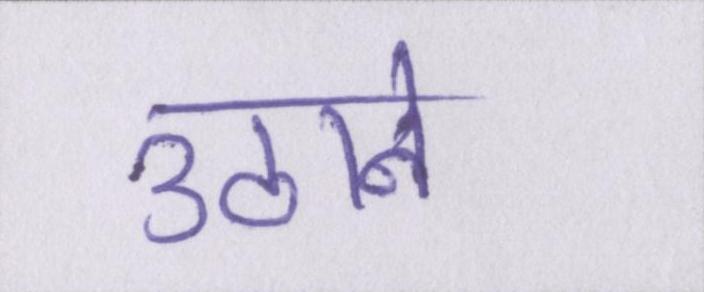
उठाने